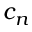
c _ { n }